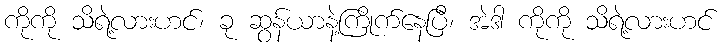
ကိုကို သိရဲ့လားဟင်၊ ခု ဆွန်ယာနဲ့ကြိုက်နေပြီ၊ အဲဒါ ကိုကို သိရဲ့လားဟင်